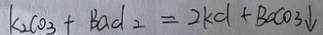
K _ { 2 } C O _ { 3 } + B a C l _ { 2 } = 2 K C l + B a C O _ { 3 } \downarrow